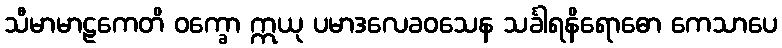
သီမာမာဠကေတိ ဝက္ခော ဣယု ပမာဒလေခဝသေန သင်္ခါရနိရောဓော ကေသာပေ